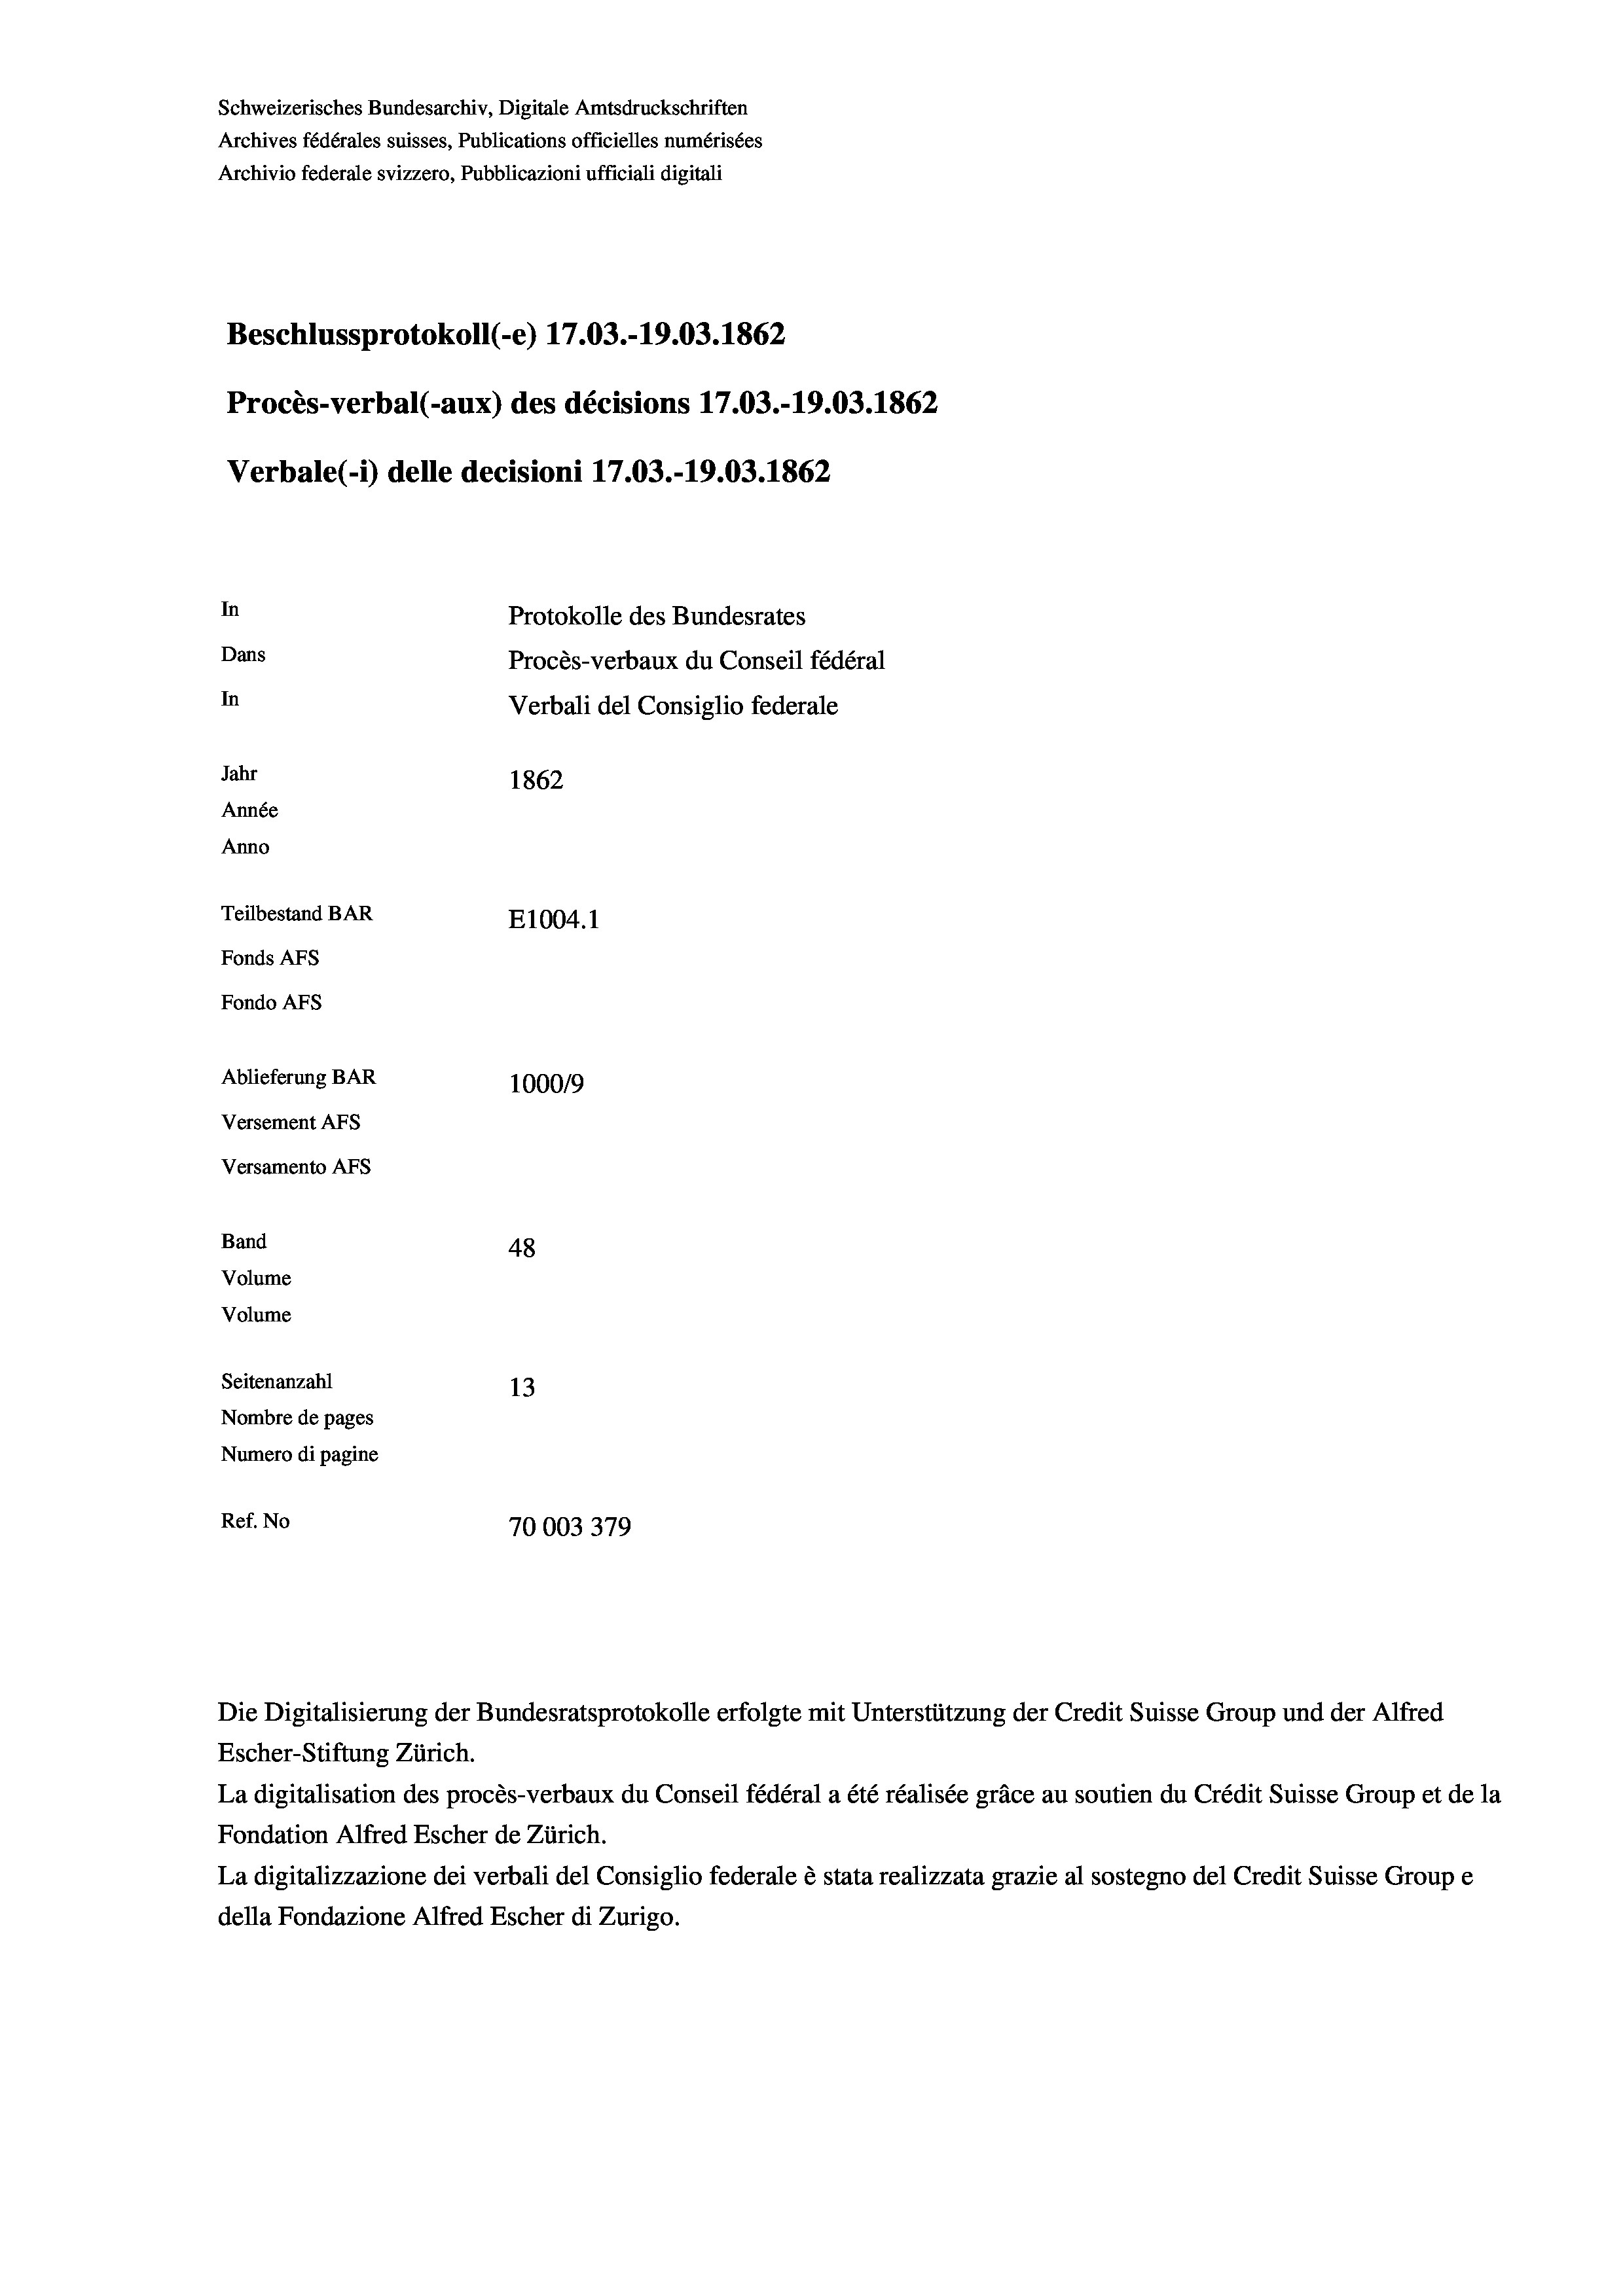
Schweizerisches Bundesarchiv, Digitale Amtsdruckschriften
Archives fédérales suisses, Publications officielles numérisées
Archivio federale svizzero, Pubblicazioni ufficiali digitali
Beschlussprotokoll (-e) 17.03.-19.03. 1862
Procès-verbal (-aux) des décisions 17.03.-19.03. 1862
Verbale (- 1) delle decisioni 17.03.-19.03. 1862
In
Protokolle des Bundesrates
Dans
Procès-verbaux du Conseil fédéral
In
Verbali del Consiglio federale
Jahr
1862
Année
Anno
Teilbestand BAR
E1004. 1
Fonds AFs
Fondo AFS
Ablieferung BAR
100019
Versement AFs
Versamento AFs

48
Seitenanzahl
13
Nombre de pages
Numero di pagine
Ref. No
70003379

Band
Volume
Volume

Escher-Stiftung Zürich.
La digitalisation des procès-verbaux du Conseil fédéral a été réalisée gräce au soutien du Crédit Suisse Group et de la
Fondation Alfred Escher de Zürich.
La digitalizzazione dei verbali del Consiglio federale è stata realizzata grazie al sostegno del Credit Suisse Groupe
della Fondazione Alfred Escher di Zurigo.

Die Digitalisierung der Bundesratsprotokolle erfolgte mit Unterstützung der Credit Suisse Group und der Alfred